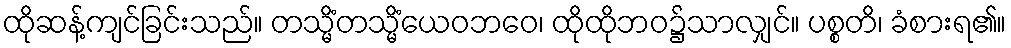
ထိုဆန့်ကျင်ခြင်းသည်။ တသ္မိံတသ္မိံယေဝဘဝေ၊ ထိုထိုဘဝ၌သာလျှင်။ ပစ္စတိ၊ ခံစားရ၏။